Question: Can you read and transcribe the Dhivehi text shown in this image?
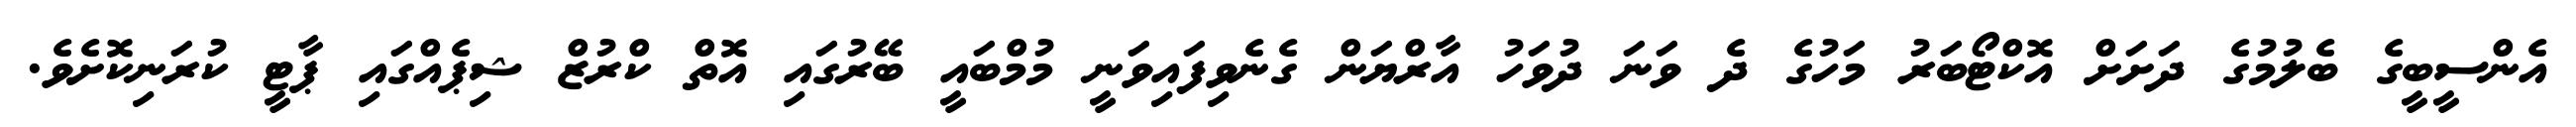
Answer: އެންސީބީގެ ބެލުމުގެ ދަށަށް އޮކްޓޯބަރު މަހުގެ ދެ ވަނަ ދުވަހު އާރްޔަން ގެނެވިފައިވަނީ މުމްބައީ ބޭރުގައި އޮތް ކްރުޒް ޝިޕެއްގައި ޕާޓީ ކުރަނިކޮށެވެ.